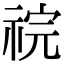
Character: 𫀏